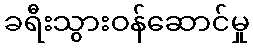
ခရီးသွားဝန်ဆောင်မှု